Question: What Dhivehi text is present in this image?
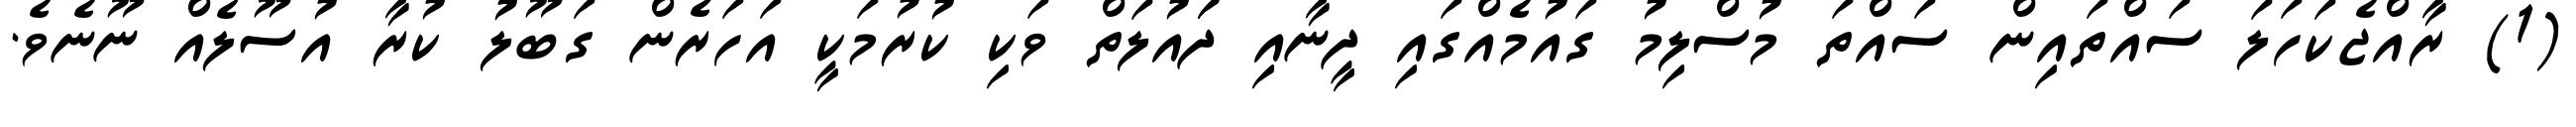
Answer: (1) ރާއްޖެކަހަލަ ސައްތައިން ސައްތަ މުސްލިމު ގައުމެއްގައި ދީނާއި ދަައުލަތް ވަކި ކުރުމަކީ އަހަރެން ގަބޫލު ކުރާ އުސޫލެއް ނޫނެވެ.